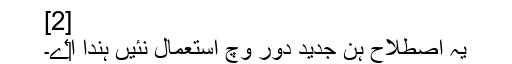
[2]
یہ اصطلاح ہن جدید دور وچ استعمال نئيں ہُندا ا‏‏ے۔